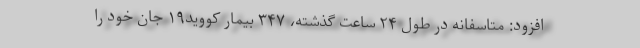
افزود: متاسفانه در طول ۲۴ ساعت گذشته، ۳۴۷ بیمار کووید۱۹ جان خود را